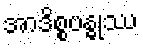
အာဒိစ္စဗန္ဓုဿ